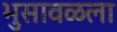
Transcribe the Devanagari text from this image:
भुसावळला